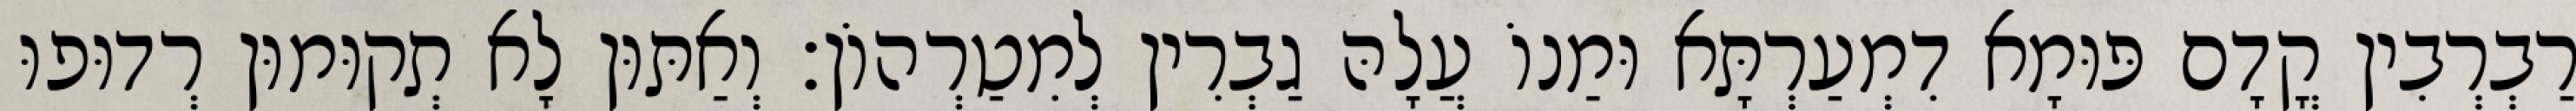
רַבְרְבִין קֳדָם פּוּמָא דִמְעַרְתָּא וּמַנוֹ עֲלָהּ גַבְרִין לְמִטַרְהוֹן׃ וְאַתּוּן לָא תְקוּמוּן רְדוּפוּ